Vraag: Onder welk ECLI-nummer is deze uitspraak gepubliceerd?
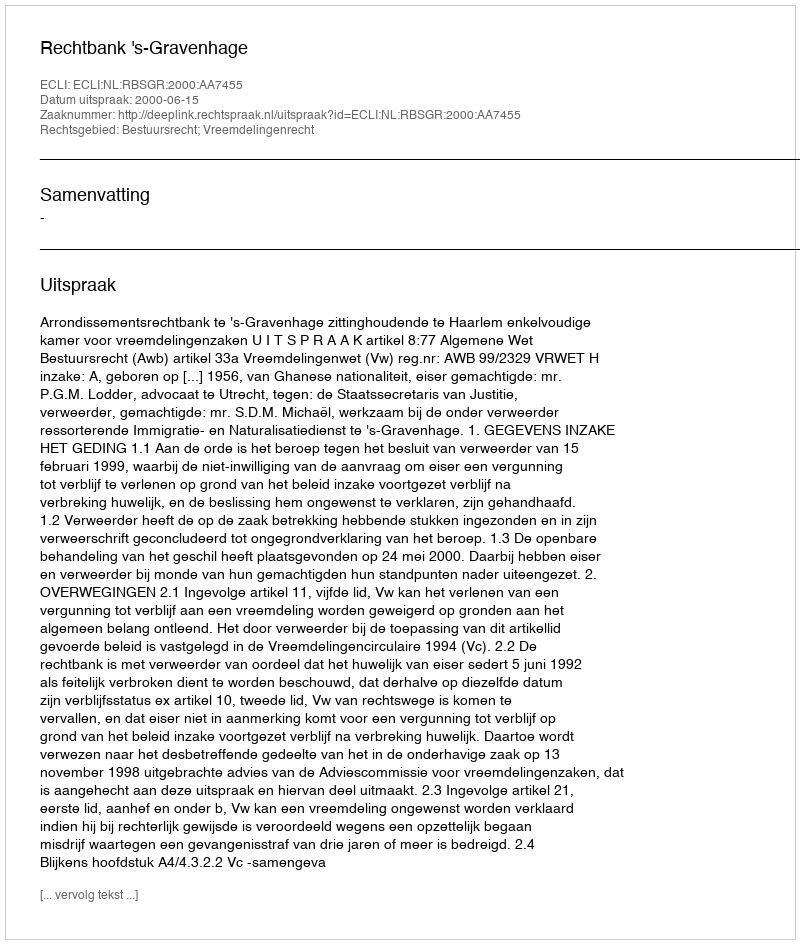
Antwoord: ECLI:NL:RBSGR:2000:AA7455